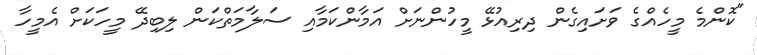
"ކޮންމެ މީހެއްގެ ވަށައިގެން ދިރިއުޅޭ މީހުންނަށް އަމާންކަމާއި ސަލާމަތްކަން ލިބިދޭ މީހަކަށް އެމީހާ